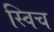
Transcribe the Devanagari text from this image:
स्‍विच